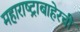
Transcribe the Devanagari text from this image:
महाराष्ट्राबाहेरची